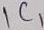
Text: IC1